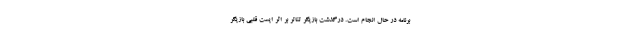
برنامه در حال انجام است. درگذشت بازیگر تئاتر بر اثر ایست قلبی بازیگر